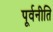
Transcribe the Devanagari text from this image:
पूर्वनीति